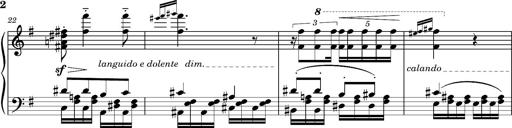
Title: Album-Leaf "Andante religioso"
Composer: Franz Liszt
Key: G major